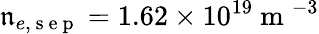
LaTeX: \mathfrak{n}_{e,\mathrm{{~s~e~p~}}}=1.62\times10^{19}\mathrm{{~m~}}^{-3}